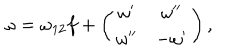
\omega = \omega _ { 1 2 } f + \left( \begin{matrix} { { \omega ^ { \prime } } } & { { \omega ^ { \prime \prime } } } \\ { { \omega ^ { \prime \prime } } } & { { - \omega ^ { \prime } } } \\ \end{matrix} \right) ,